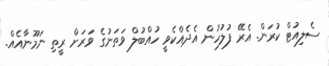
ސެލިއުޓް ކުރަން. އެރޭ ފުލުހުން އެދެއްކެވީ ހުއްބުލް ވަތަނުގެ ވަރަށް ރީތި ނަމޫނާއެއް.